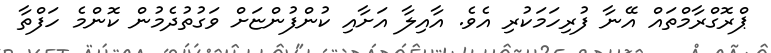
ޕްރޮގްރާމްތައް އޭނާ ފުރިހަމަކުރި އެވެ. އާއިލާ އަށާއި ކުންފުންޏަށް ވަގުތުދެމުން ކޮންމެ ހަފްތާ